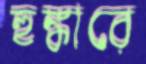
হুঙ্কারে